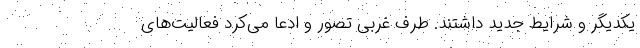
یکدیگر و شرایط جدید داشتند. طرف غربی تصور و ادعا می‌کرد فعالیت‌های